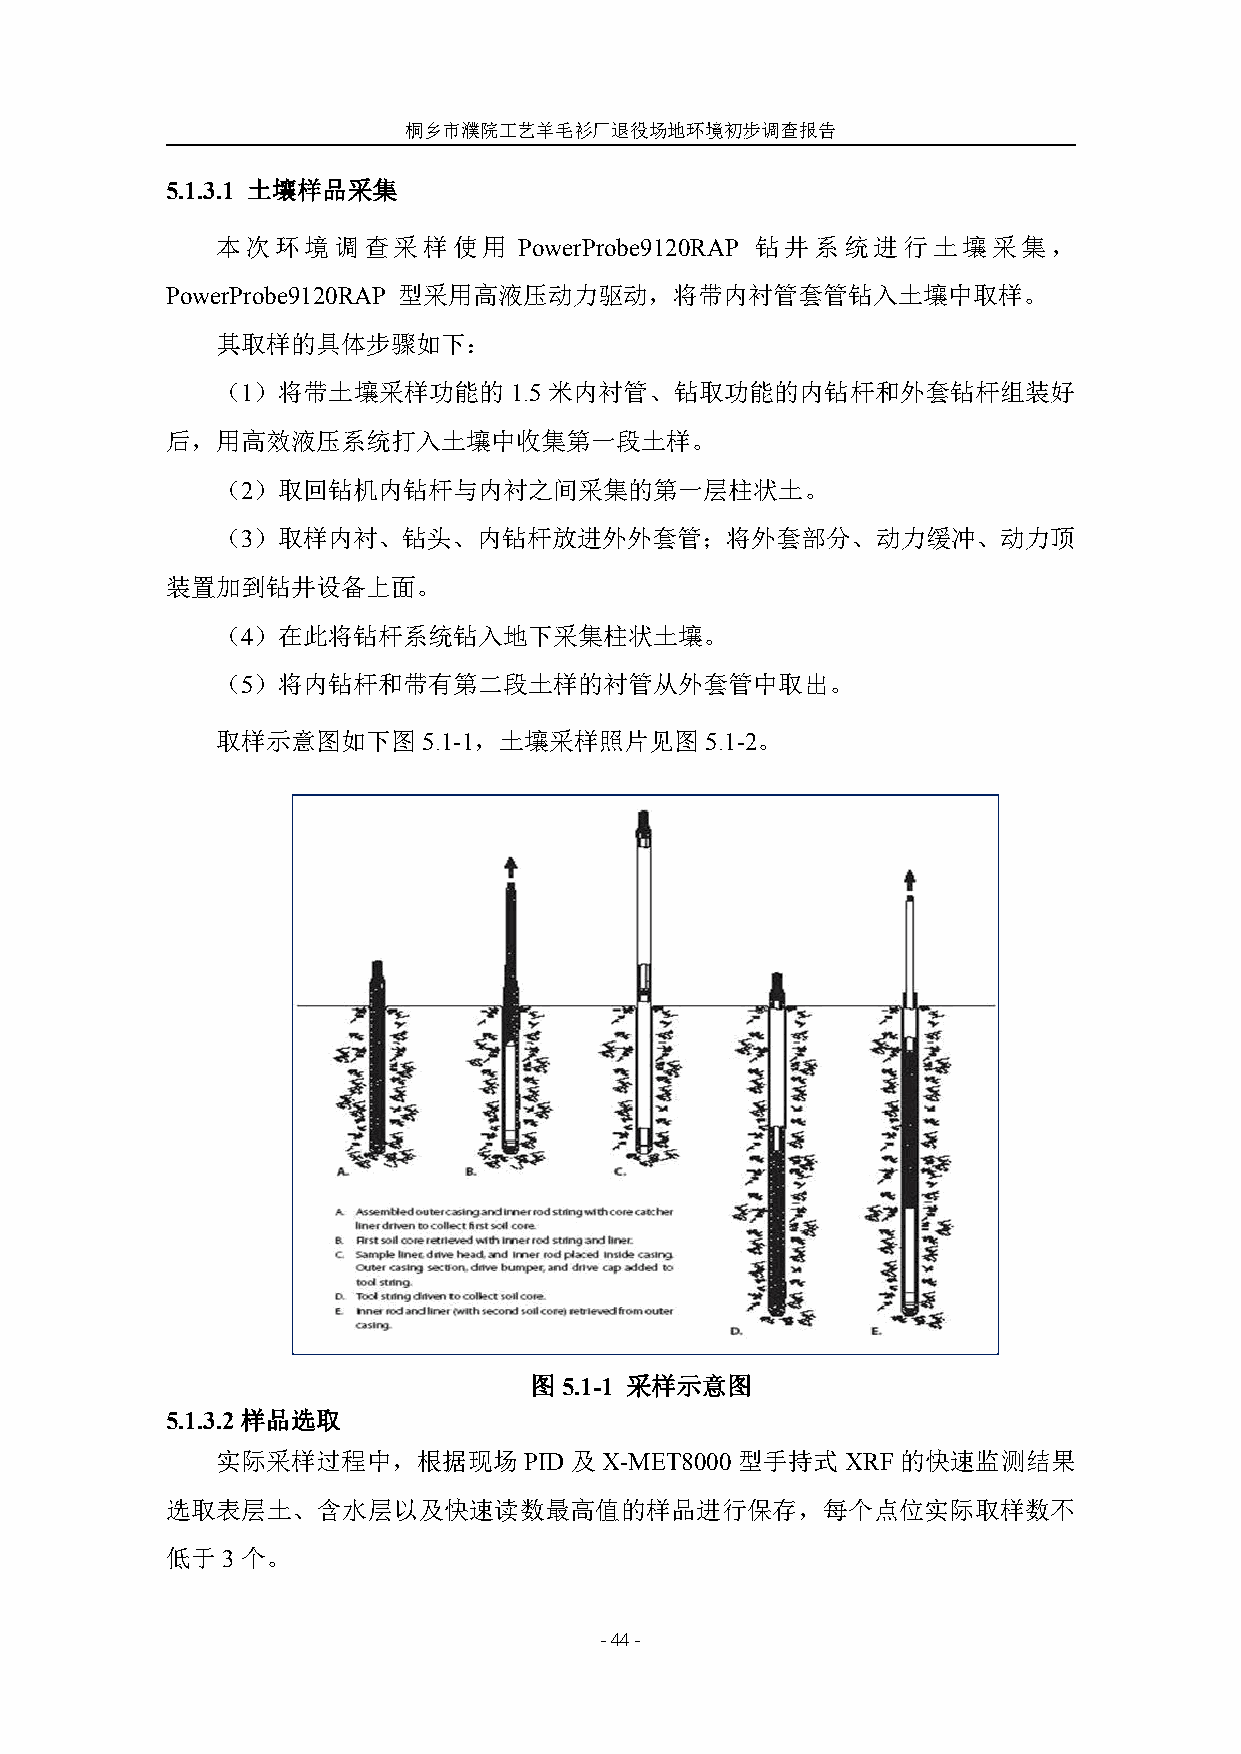
桐乡市濮院工艺羊毛衫厂退役场地环境初步调查报告
 5.1.3.1 土壤样品采集
 本次环境调查采样使用          PowerProbe9120RAP 钻井系统进行土壤采集，
 PowerProbe9120RAP 型采用高液压动力驱动，将带内衬管套管钻入土壤中取样。
 其取样的具体步骤如下：
 （1）将带土壤采样功能的        1.5 米内衬管、钻取功能的内钻杆和外套钻杆组装好
 后，用高效液压系统打入土壤中收集第一段土样。
 （2）取回钻机内钻杆与内衬之间采集的第一层柱状土。
 （3）取样内衬、钻头、内钻杆放进外外套管；将外套部分、动力缓冲、动力顶
 装置加到钻井设备上面。
 （4）在此将钻杆系统钻入地下采集柱状土壤。
 （5）将内钻杆和带有第二段土样的衬管从外套管中取出。
 取样示意图如下图5.1-1，土壤采样照片见图5.1-2。
 图5.1-1 采样示意图
 5.1.3.2样品选取
 实际采样过程中，根据现场         PID 及 X-MET8000 型手持式 XRF 的快速监测结果
 选取表层土、含水层以及快速读数最高值的样品进行保存，每个点位实际取样数不
 低于3个。
 -44-